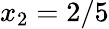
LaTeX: x_{2}=2/5